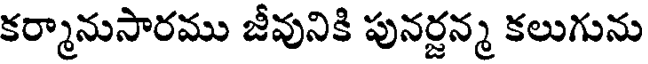
కర్మానుసారము జీవునికి పునర్జన్మ కలుగును